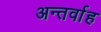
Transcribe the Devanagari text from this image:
अन्‍तर्वाह